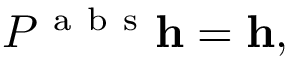
P ^ { \mathrm { ~ a ~ b ~ s ~ } } { \bf h } = { \bf h } ,